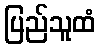
ပြည်သူထံ